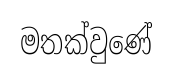
මතක්වුණේ